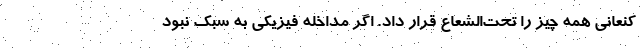
کنعانی همه چیز را تحت‌الشعاع قرار داد. اگر مداخله فیزیکی به سبک نبود